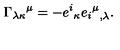
{ \Gamma _ { \lambda \kappa } } ^ { \mu } = - { e ^ { i } } _ { \kappa } { { { e _ { i } } ^ { \mu } } } _ { , \lambda } .